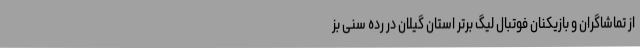
از تماشاگران و بازیکنان فوتبال لیگ برتر استان گیلان در رده سنی بز